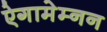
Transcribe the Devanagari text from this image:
ऐगामेम्नन